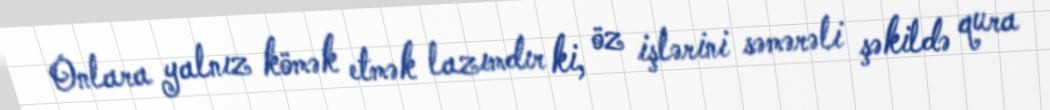
Onlara yalnız kömək etmək lazımdır ki, öz işlərini səmərəli şəkildə qura